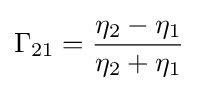
\Gamma _{21}={\frac {\eta _{2}-\eta _{1}}{\eta _{2}+\eta _{1}}}